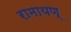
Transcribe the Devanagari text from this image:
रामायण्